Annual report on the Civil Veterinary Department, Burma (including the Insein Veterinary School) - 1932-1941
Year: 1932
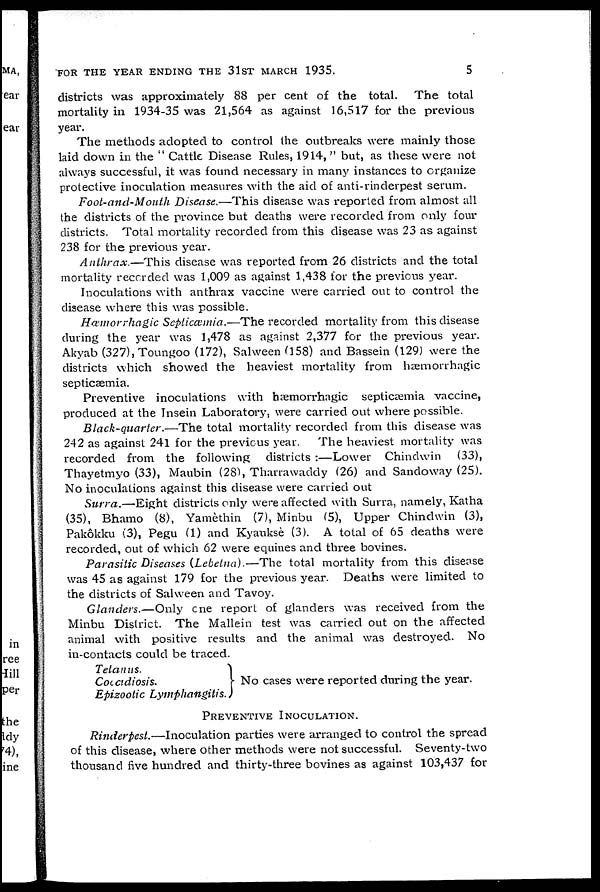
FOR THE YEAR ENDING THE 31ST MARCH 1935.
5
districts was approximately 88 per cent of the total. The total
mortality in 1934-35 was 21,564 as against 16,517 for the previous
year.
The methods adopted to control the outbreaks were mainly those
laid down in the " Cattle Disease Rules, 1914," but, as these were not
always successful, it was found necessary in many instances to organize
protective inoculation measures with the aid of anti-rinderpest serum.
Foot-and-Mouth Disease.—This disease was reported from almost all
the districts of the province but deaths were recorded from only four
districts. Total mortality recorded from this disease was 23 as against
238 for the previous year.
Anthrax.—This disease was reported from 26 districts and the total
mortality recorded was 1,009 as against 1,438 for the previous year.
Inoculations with anthrax vaccine were carried out to control the
disease where this was possible.
Hæmorrhagic Septicæmia.—The recorded mortality from this disease
during the year was 1,478 as against 2,377 for the previous year.
Akyab (327), Toungoo (172), Salween (158) and Bassein (129) were the
districts which showed the heaviest mortality from hæmorrhagic
septicæmia.
Preventive inoculations with hæmonrhagic septicæmia vaccine,
produced at the Insein Laboratory, were carried out where possible.
Black-quarter.—The total mortality recorded from this disease was
242 as against 241 for the previous year. The heaviest mortality was
recorded from the following districts :—Lower Chindwin (33),
Thayetmyo (33), Maubin (28), Tharrawaddy (26) and Sandoway (25).
No inoculations against this disease were carried out
Surra.—Eight districts only were affected with Surra, namely, Katha
(35), Bhamo (8), Yamèthin (7), Minbu (5), Upper Chindwin (3),
Pakôkku (3), Pegu (1) and Kyatiksè (3). A total of 65 deaths were
recorded, out of which 62 were equines and three bovines.
Parasitic Diseases (Lebetna).—The total mortality from this disease
was 45 as against 179 for the previous year. Deaths were limited to
the districts of Salween and Tavoy.
Glanders.—Only one report of glanders was received from the
Minbu District. The Mallein test was carried out on the affected
animal with positive results and the animal was destroyed. No
in-contacts could be traced.
Tetanus.
Coccidiosis.
Epizootic Lymphangitis.
No cases were reported during the year.
PREVENTIVE INOCULATION.
Rinderpest.—Inoculation parties were arranged to control the spread
of this disease, where other methods were not successful. Seventy-two
thousand five hundred and thirty-three bovines as against 103,437 for